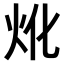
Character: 𤆷